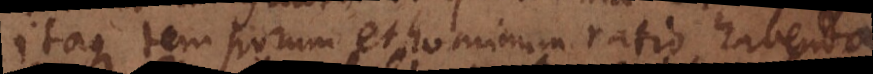
itaque temporum et hominum ratio habenda